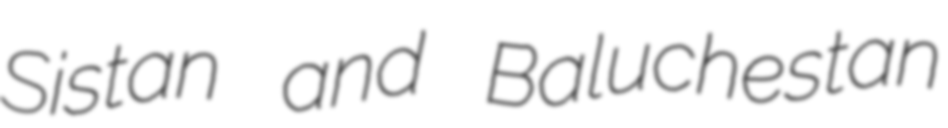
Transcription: Sistan and Baluchestan